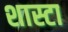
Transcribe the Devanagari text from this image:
शास्टा